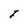
Character: I